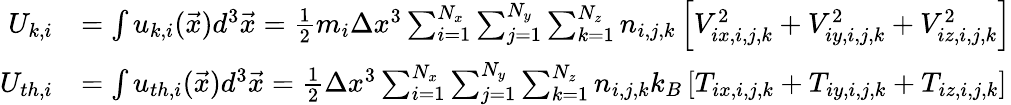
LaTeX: \begin{array}{rl}{U_{k,i}}&{=\int u_{k,i}(\vec{x})d^{3}\vec{x}=\frac{1}{2}m_{i}\Delta x^{3}\sum_{i=1}^{N_{x}}\sum_{j=1}^{N_{y}}\sum_{k=1}^{N_{z}}n_{i,j,k}\left[V_{ix,i,j,k}^{2}+V_{iy,i,j,k}^{2}+V_{iz,i,j,k}^{2}\right]}\\ {U_{th,i}}&{=\int u_{th,i}(\vec{x})d^{3}\vec{x}=\frac{1}{2}\Delta x^{3}\sum_{i=1}^{N_{x}}\sum_{j=1}^{N_{y}}\sum_{k=1}^{N_{z}}n_{i,j,k}k_{B}\left[T_{ix,i,j,k}+T_{iy,i,j,k}+T_{iz,i,j,k}\right]}\end{array}